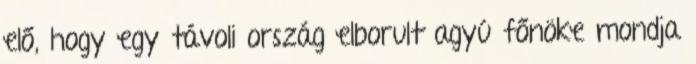
elő, hogy egy távoli ország elborult agyú főnöke mondja